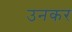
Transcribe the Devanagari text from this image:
उनकर